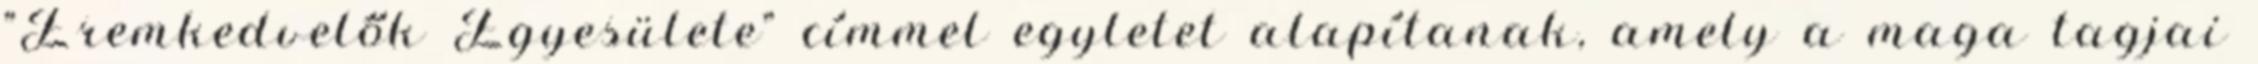
"Éremkedvelők Egyesülete" címmel egyletet alapítanak, amely a maga tagjai